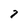
Character: 7